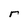
Character: r